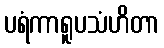
ပရံကာရူပသံဟိတာ